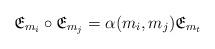
LaTeX: \begin{align*} \mathfrak{E}_{m_i} \circ \mathfrak{E}_{m_j}=\alpha(m_i, m_j) \mathfrak{E}_{m_t} \end{align*}